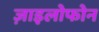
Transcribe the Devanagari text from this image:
ज़ाइलोफोन